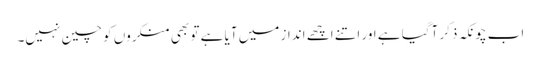
اب چونکہ ذکر آگیا ہے اور اتنے اچھے انداز میں آیا ہے تو بھی منکروں کو چین نہیں۔